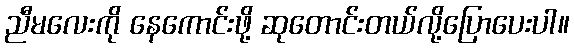
ညီမလေးကို နေကောင်းဖို့ ဆုတောင်းတယ်လို့ပြောပေးပါ။